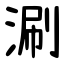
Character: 涮